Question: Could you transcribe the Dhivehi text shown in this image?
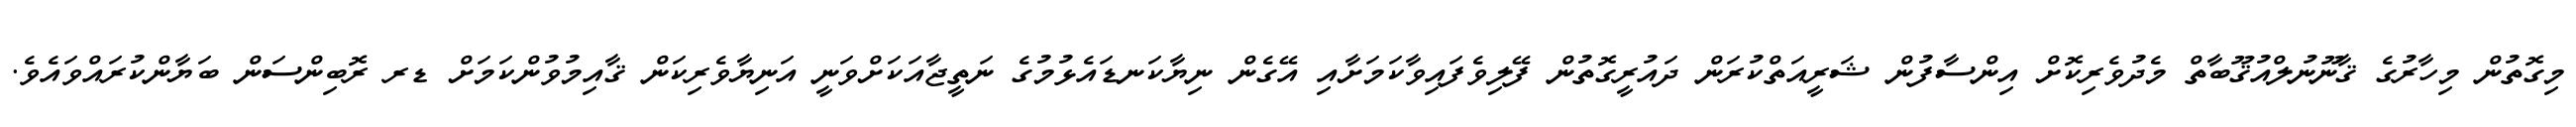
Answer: މިގޮތުން މިހާރުގެ ޤާނޫނުލްއުޤޫބާތް މެދުވެރިކޮށް އިންސާފުން ޝަރީއަތްކުރަން ދައުރީގޮތުން ފޭލިވެފައިވާކަމަށާއި އޭގެން ނިޔާކަނޑައެޅުމުގެ ނަތީޖާއަކަށްވަނީ އަނިޔާވެރިކަން ޤާއިމުވުންކަމަށް ޑރ ރޮބިންސަން ބަޔާންކުރައްވައެވެ.